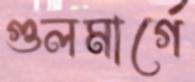
গুলমার্গে